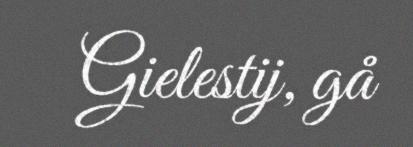
Gielestij, gå